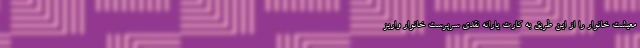
معیشت خانوار را از این طریق به کارت یارانه نقدی سرپرست خانوار واریز